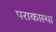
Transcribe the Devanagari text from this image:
पराकास्था